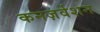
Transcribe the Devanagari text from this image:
कनज़र्वेशन